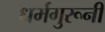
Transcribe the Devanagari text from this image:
धर्मगुरूनी